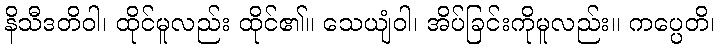
နိသီဒတိဝါ၊ ထိုင်မူလည်း ထိုင်၏။ သေယျံဝါ၊ အိပ်ခြင်းကိုမူလည်း။ ကပ္ပေတိ၊